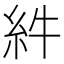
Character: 䋅